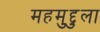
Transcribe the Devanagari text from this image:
महमुद्दुला